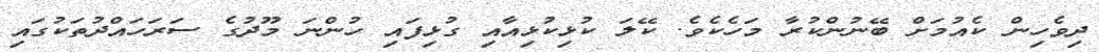
ދިވެހިން ކެއުމަށް ބޭނުންކުރާ މަހެކެވެ. ކޭލަ ކުޅިކުޅިއާއި ގުޅިފައި ހުންނަ މޫދުގެ ސަރަހައްދުތަކުގައި